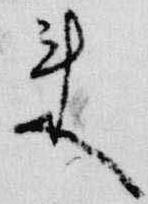
来